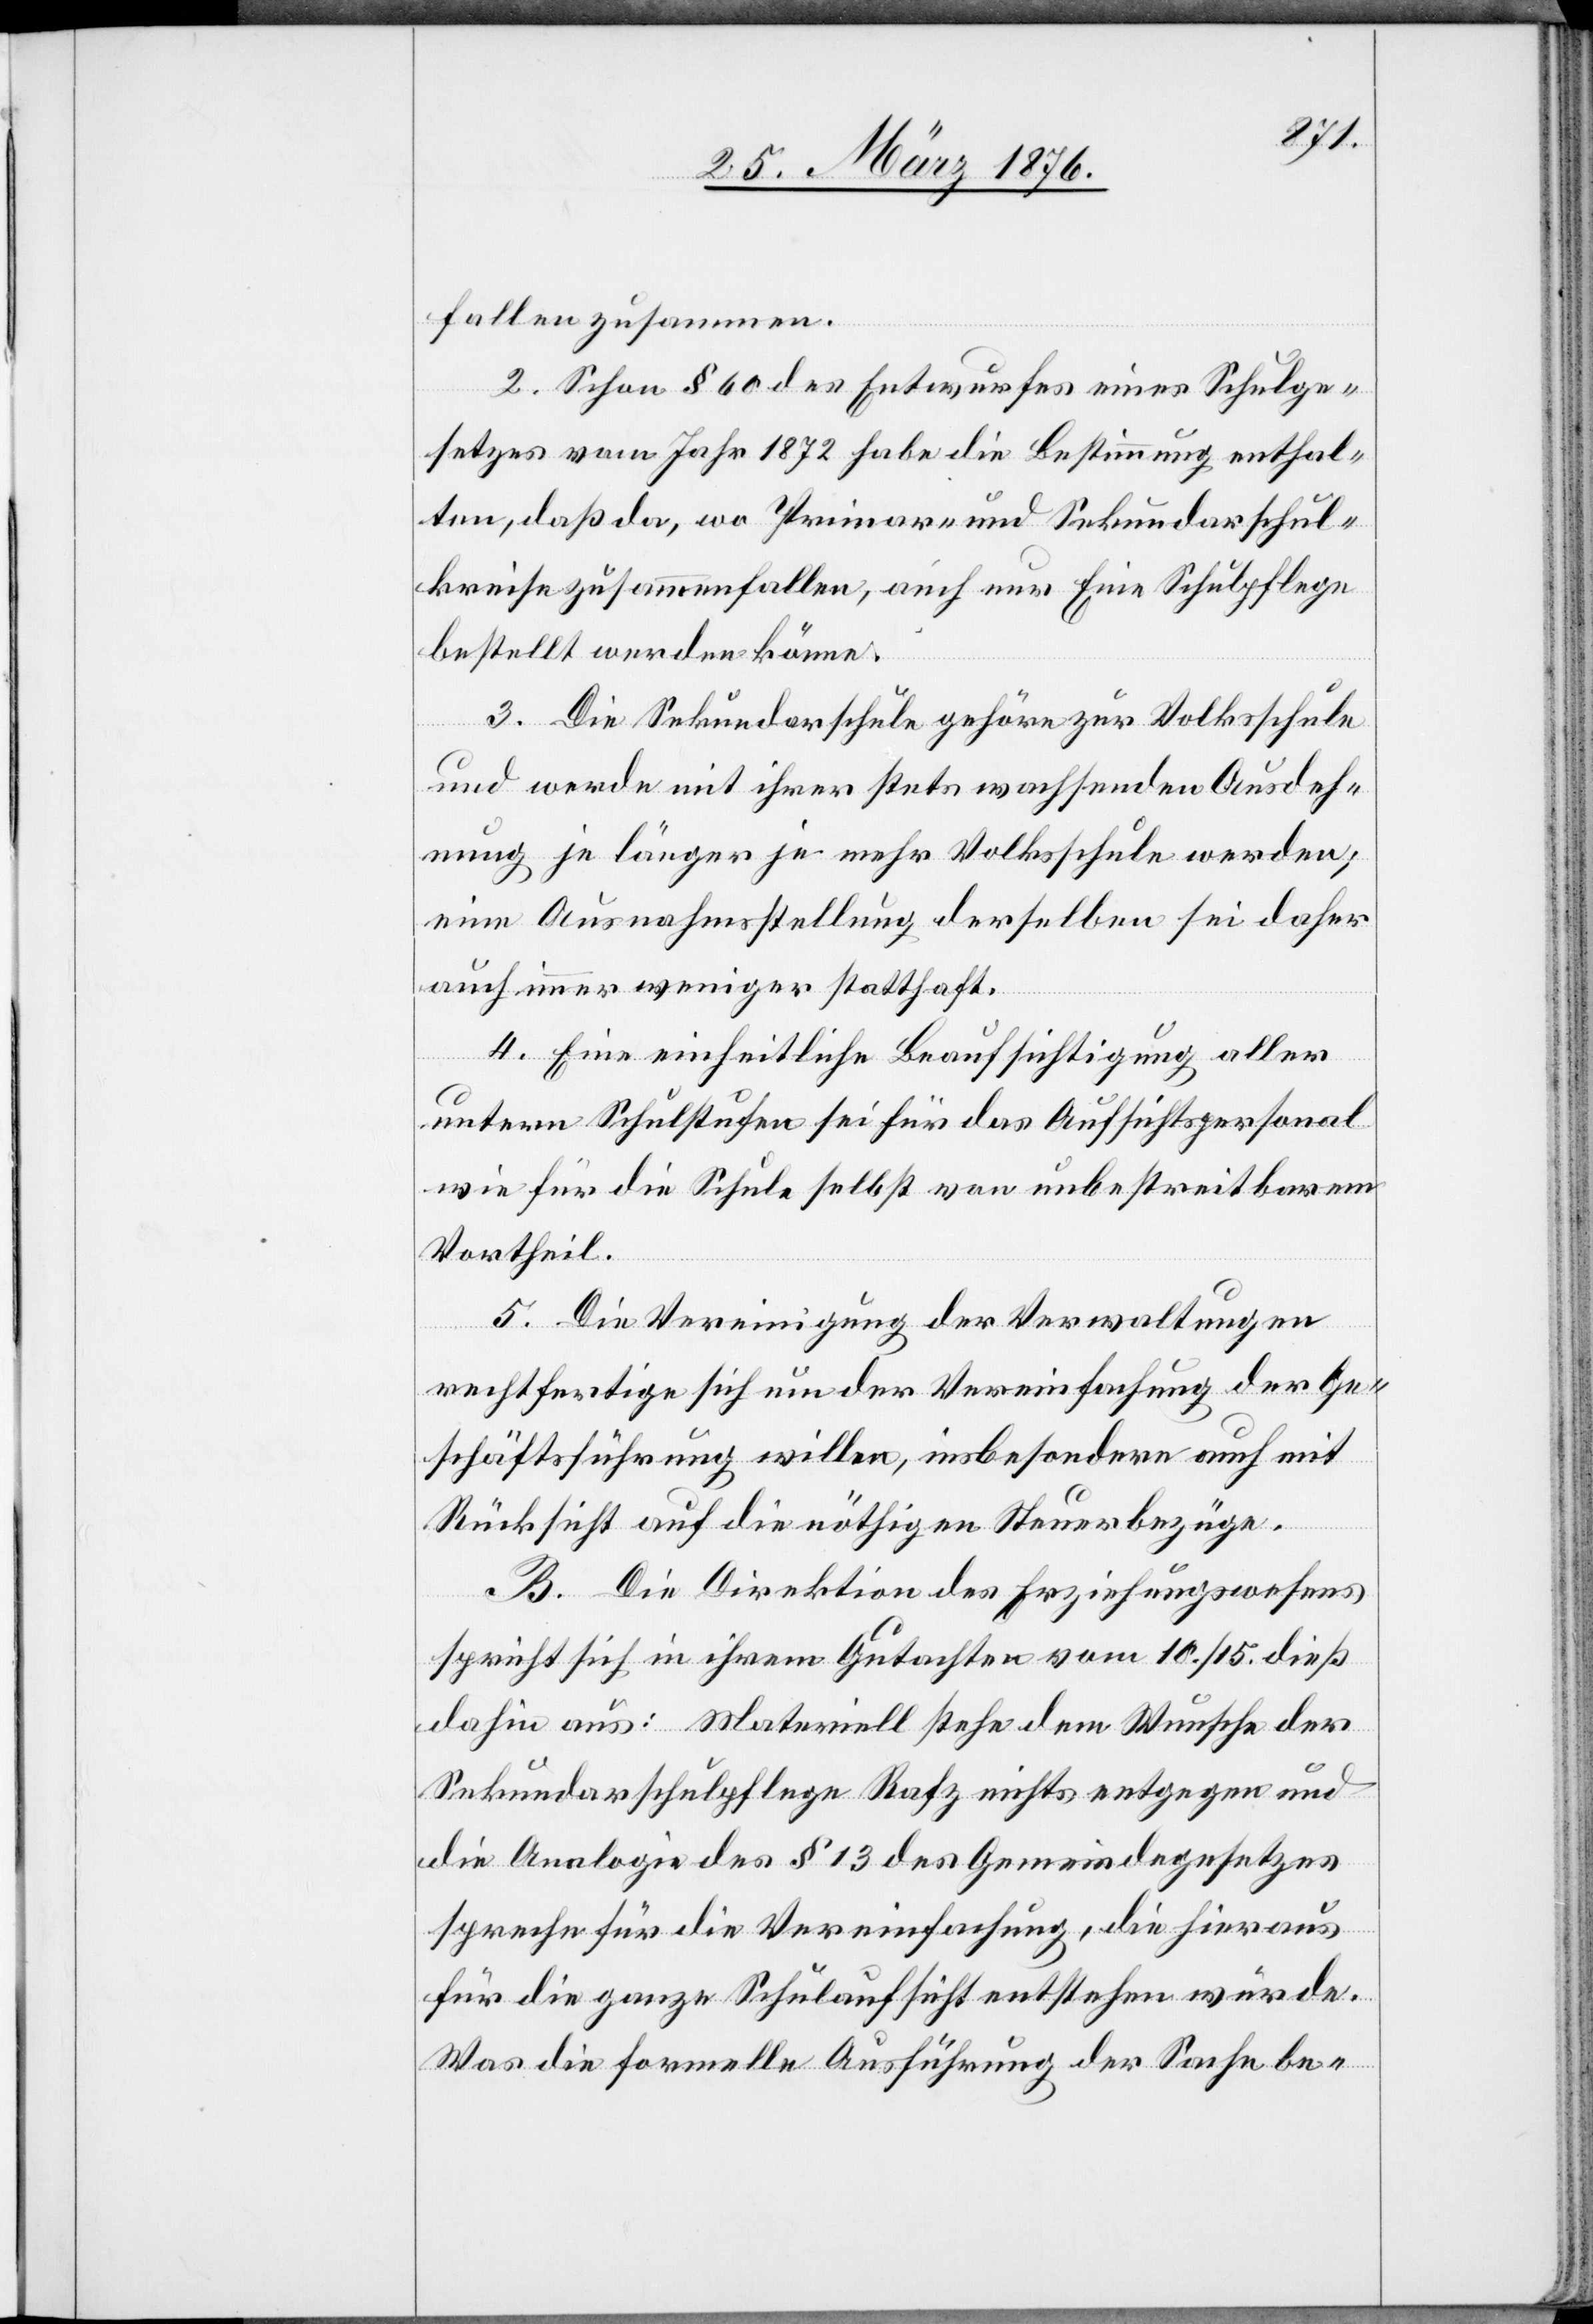
fallen zusammen.
2. Schon § 60 des Entwurfes eines Schulge¬
setzes vom Jahr 1872 habe die Bestimmung enthal¬
ten, daß da, wo Primar- und Sekundarschul¬
kreise zusammenfallen, auch nur Eine Schulpflege
bestellt werden könne.
3. Die Sekundarschule gehöre zur Volksschule
und werde mit ihrer stets wachsenden Ausdeh¬
nung je länger je mehr Volksschule werden;
eine Ausnahmestellung derselben sei daher
auch immer weniger statthaft.
4. Eine einheitliche Beaufsichtigung aller
untern Schulstufen sei für das Aufsichtspersonal
wie für die Schule selbst von unbestreitbarem
Vortheil.
5. Die Vereinigung der Verwaltungen
rechtfertige sich um der Vereinfachung der Ge¬
schäftsführung willen, insbesondere auch mit
Rücksicht auf die nöthigen Steuerbezüge.
B. Die Direktion des Erziehungswesens
spricht sich in ihrem Gutachten vom 10./12. dieß
dahin aus: Materiell stehe dem Wunsche der
Sekundarschulpflege Rafz nichts entgegen und
die Analogie des § 13 des Gemeindegesetzes
spreche für die Vereinfachung, die hieraus
für die ganze Schulaufsicht entstehen würde.
Was die formelle Ausführung der Sache be.-